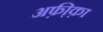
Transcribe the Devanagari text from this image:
अफ़ी़क़ा